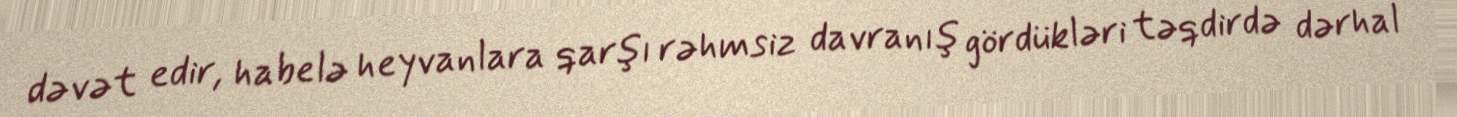
dəvət edir, habelə heyvanlara qarşı rəhmsiz davranış gördükləri təqdirdə dərhal